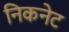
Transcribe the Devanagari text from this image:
निकनेट